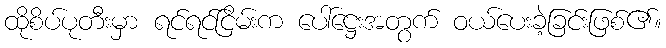
ထိုစိပ်ပုတီးမှာ ရင်ရင်ငြိမ်းက ပေါ်ဋ္ဌေးအတွက် ဝယ်ပေးခဲ့ခြင်းဖြစ်၏။